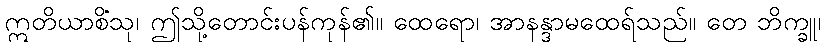
ဣတိယာစိံသု၊ ဤသို့တောင်းပန်ကုန်၏။ ထေရော၊ အာနန္ဒာမထေရ်သည်။ တေ ဘိက္ခူ၊